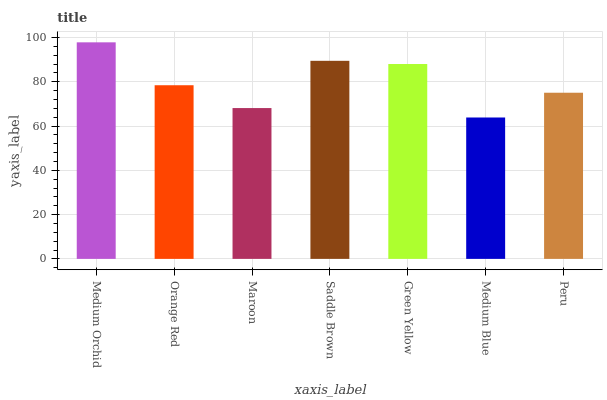
| xaxis_label | bars |
 | --- | --- |
 | Medium Orchid | 97.8 |
 | Orange Red | 78.5 |
 | Maroon | 68.1 |
 | Saddle Brown | 89.5 |
 | Green Yellow | 88 |
 | Medium Blue | 63.9 |
 | Peru | 75.1 |